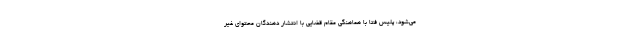
می‌شود، پلیس فتا با هماهنگی مقام قضایی با انتشار دهندگان محتوای غیر